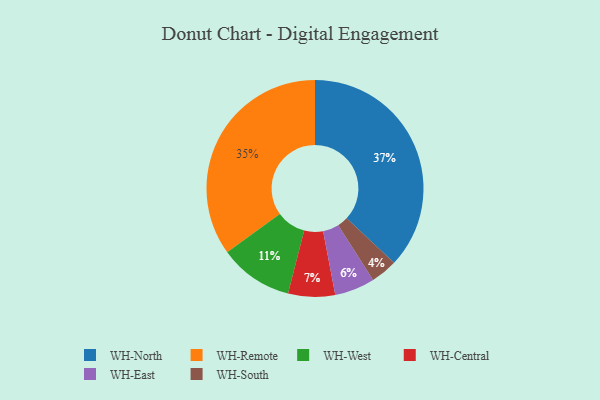
{"axis": {"x": "Category", "y": "Percentage"}, "legend": ["WH-Central", "WH-East", "WH-North", "WH-Remote", "WH-South", "WH-West"], "data": [{"x": "WH-South", "y": 4, "type": "WH-South"}, {"x": "WH-North", "y": 37, "type": "WH-North"}, {"x": "WH-Central", "y": 7, "type": "WH-Central"}, {"x": "WH-West", "y": 11, "type": "WH-West"}, {"x": "WH-East", "y": 6, "type": "WH-East"}, {"x": "WH-Remote", "y": 35, "type": "WH-Remote"}]}